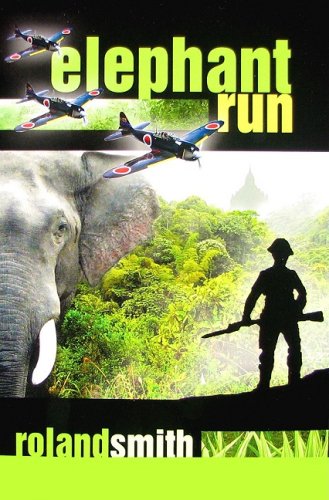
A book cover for Elephant Run; Roland Smith; Children's Books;